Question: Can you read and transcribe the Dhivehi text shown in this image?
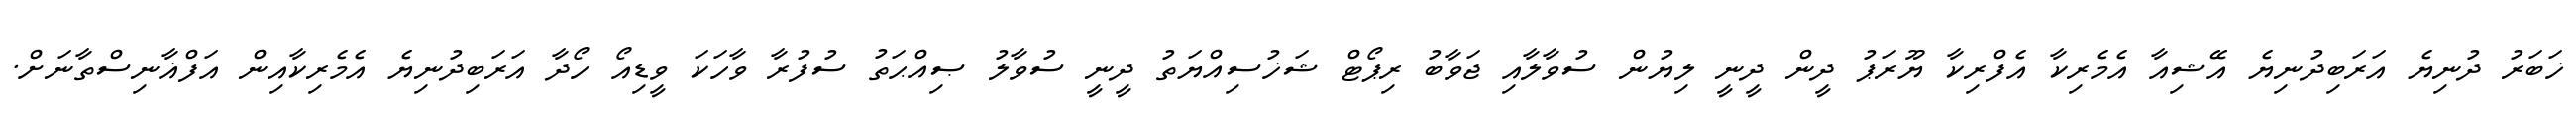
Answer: ޚަބަރު ދުނިޔެ އަރަބިދުނިޔެ އޭޝިއާ އެމެރިކާ އެފްރިކާ ޔޫރަޕު ދީން ދީނީ ލިޔުން ސުވާލާއި ޖަވާބު ރިޕޯޓް ޝަޚުސިއްޔަތު ދީނީ ސުވާލު ޞިއްޙަތު ސުފުރާ ވާހަކަ ވީޑިއޯ ހޯދާ އަރަބިދުނިޔެ އެމެރިކާއިން އަފްޣާނިސްތާނަށް.